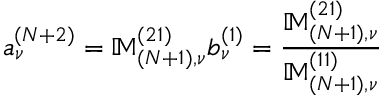
a _ { \nu } ^ { ( N + 2 ) } = \mathbb { M } _ { ( N + 1 ) , \nu } ^ { ( 2 1 ) } b _ { \nu } ^ { ( 1 ) } = \frac { \mathbb { M } _ { ( N + 1 ) , \nu } ^ { ( 2 1 ) } } { \mathbb { M } _ { ( N + 1 ) , \nu } ^ { ( 1 1 ) } }